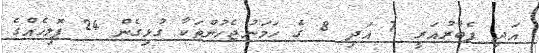
އަދި ފެބްރުއަރީ 7 އަދި 8 ގެ ހަމަނުޖެހުންތަކާ ގުޅިގެން 24 ޕޮލިހެއްގެ